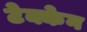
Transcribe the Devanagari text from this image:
टेक्केन